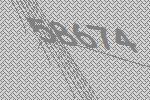
58674